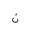
Letter: _non